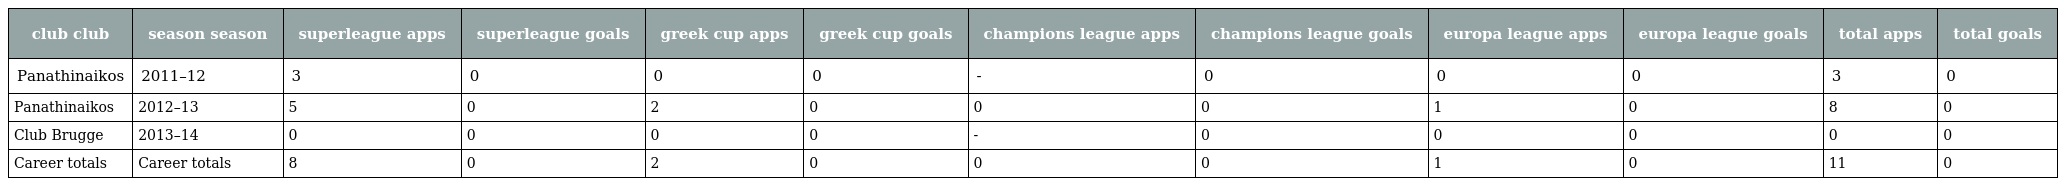
| club club | season season | superleague apps | superleague goals | greek cup apps | greek cup goals | champions league apps | champions league goals | europa league apps | europa league goals | total apps | total goals |
 | --- | --- | --- | --- | --- | --- | --- | --- | --- | --- | --- | --- |
 | Panathinaikos | 2011–12 | 3 | 0 | 0 | 0 | - | 0 | 0 | 0 | 3 | 0 |
 | Panathinaikos | 2012–13 | 5 | 0 | 2 | 0 | 0 | 0 | 1 | 0 | 8 | 0 |
 | Club Brugge | 2013–14 | 0 | 0 | 0 | 0 | - | 0 | 0 | 0 | 0 | 0 |
 | Career totals | Career totals | 8 | 0 | 2 | 0 | 0 | 0 | 1 | 0 | 11 | 0 |